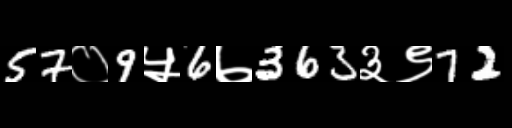
Text: 57०9५6७363३९72